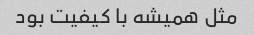
مثل همیشه با کیفیت بود